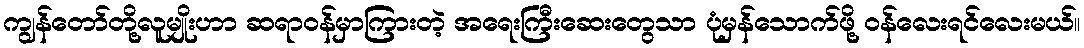
ကျွန်တော်တို့လူမျိုးဟာ ဆရာဝန်မှာကြားတဲ့ အရေးကြီးဆေးတွေသာ ပုံမှန်သောက်ဖို့ ဝန်လေးရင်လေးမယ်။